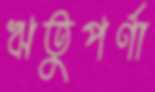
ঋতুপর্ণা